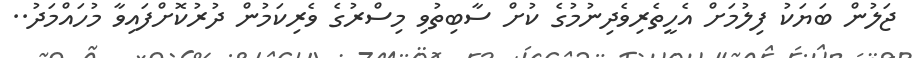
ޖަލުން ބަޔަކު ފިލުމަށް އެހީތެރިވެދިނުމުގެ ކުށް ސާބިތުވި މިސްރުގެ ވެރިކަމުން ދުރުކޮށްފައިވާ މުހައްމަދު..